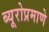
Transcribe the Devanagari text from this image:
ब्यूरोप्रमाणे